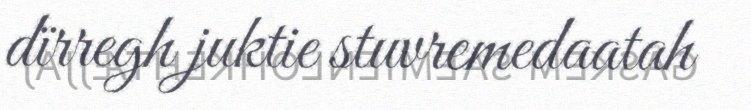
dïrregh juktie stuvremedaatah